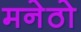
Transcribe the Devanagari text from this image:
मनेठो